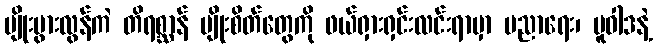
မျိုးပွားလွန်ကဲ တိရစ္ဆာန် မျိုးစိတ်တွေကို ဖယ်ရှားရှင်းလင်းရာမှာ ပညာရေး၊ မူဝါဒနဲ့